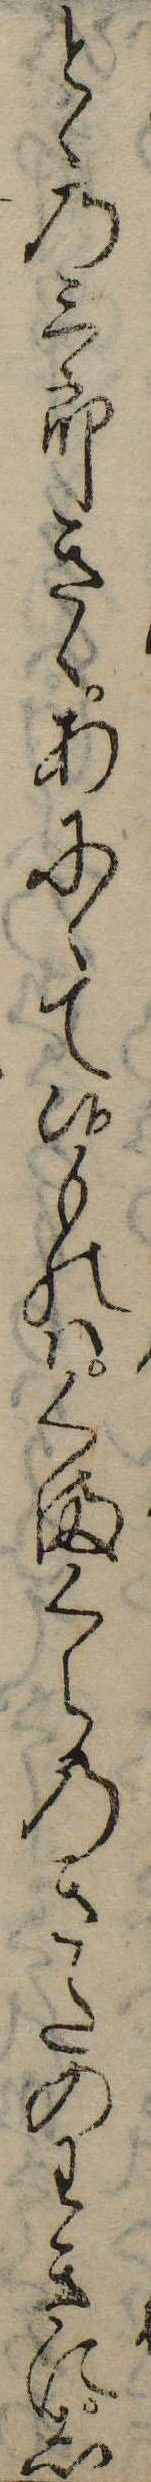
とゝの三郎きゝあにゝて候ものはくまくらのきたのわきにし